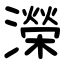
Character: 濚